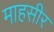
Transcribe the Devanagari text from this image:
माहसीर